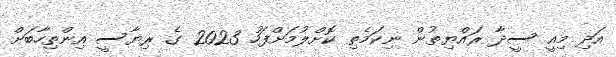
އަދި މިއީ ސީދާ ރައްޔިތުން ނިކަމެތި ކޮށްލުމަށްފަހު 2023 ގެ ރިޔާސީ އިންތިހާބަށް